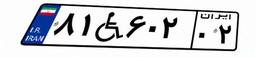
۸۱W۶۰۲۰۲